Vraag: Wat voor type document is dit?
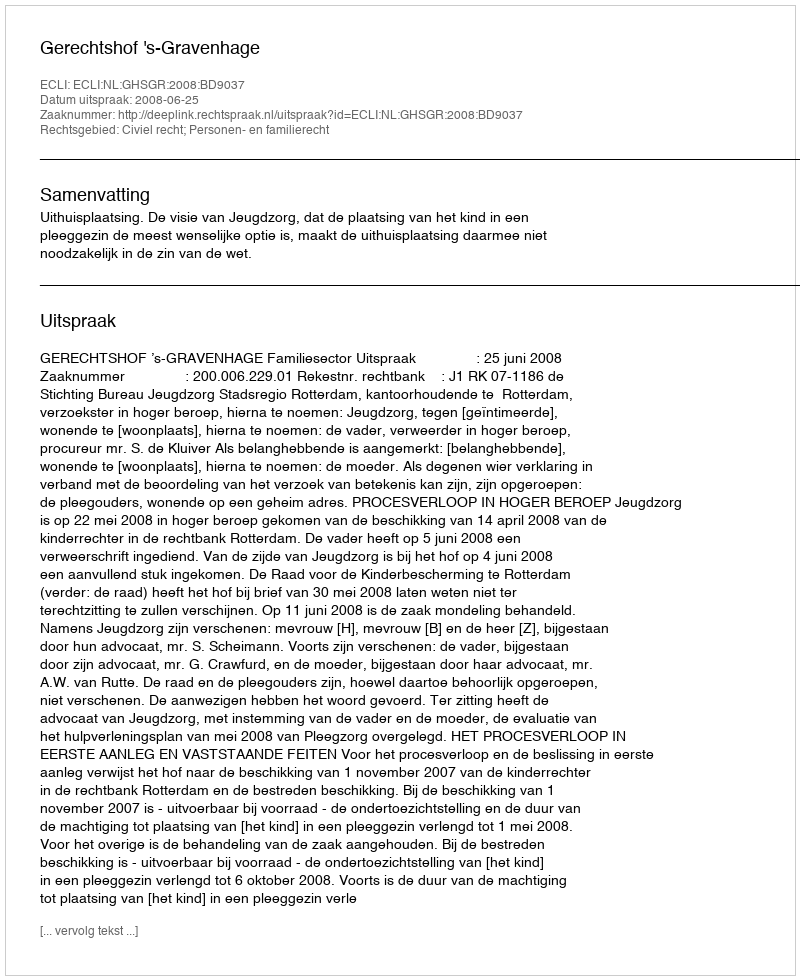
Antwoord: Uitspraak